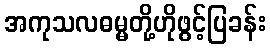
အကုသလဓမ္မတို့ဟိုဖွင့်ပြခန်း